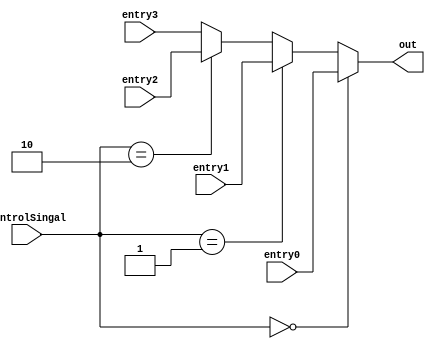
module muxalusrcA (input wire [31:0] entry0, entry1, entry2, entry3, input wire [1:0] controlSingal, output wire [31:0] out);

    assign out = (controlSingal == 2'b00) ? entry0:
                 (controlSingal == 2'b01) ? entry1:
                 (controlSingal == 2'b10) ? entry2:
                 entry3;

endmodule